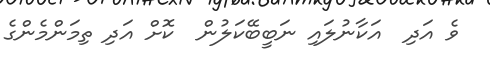
ވެ އަދި  އަކާނުލައި ނަބީބޭކަލުން  ކޮށް އަދި ތިމަންމެންގެ